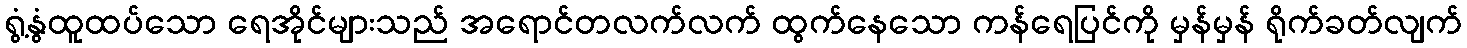
ရွံ့နွံထူထပ်သော ရေအိုင်များသည် အရောင်တလက်လက် ထွက်နေသော ကန်ရေပြင်ကို မှန်မှန် ရိုက်ခတ်လျက်